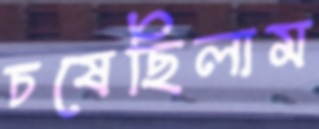
চষেছিলাম